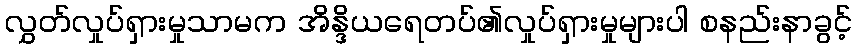
လွှတ်လှုပ်ရှားမှုသာမက အိန္ဒိယရေတပ်၏လှုပ်ရှားမှုများပါ စနည်းနာခွင့်